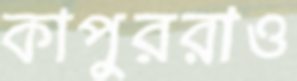
কাপুররাও